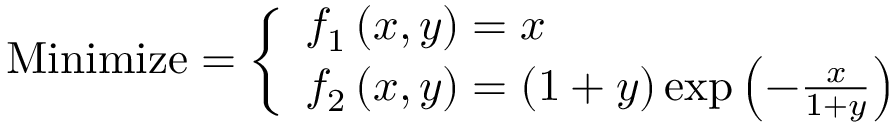
{ \mathrm { M i n i m i z e } } = { \left\{ \begin{array} { l l } { f _ { 1 } \left( x , y \right) = x } \\ { f _ { 2 } \left( x , y \right) = \left( 1 + y \right) \exp \left( - { \frac { x } { 1 + y } } \right) } \end{array} \right. }